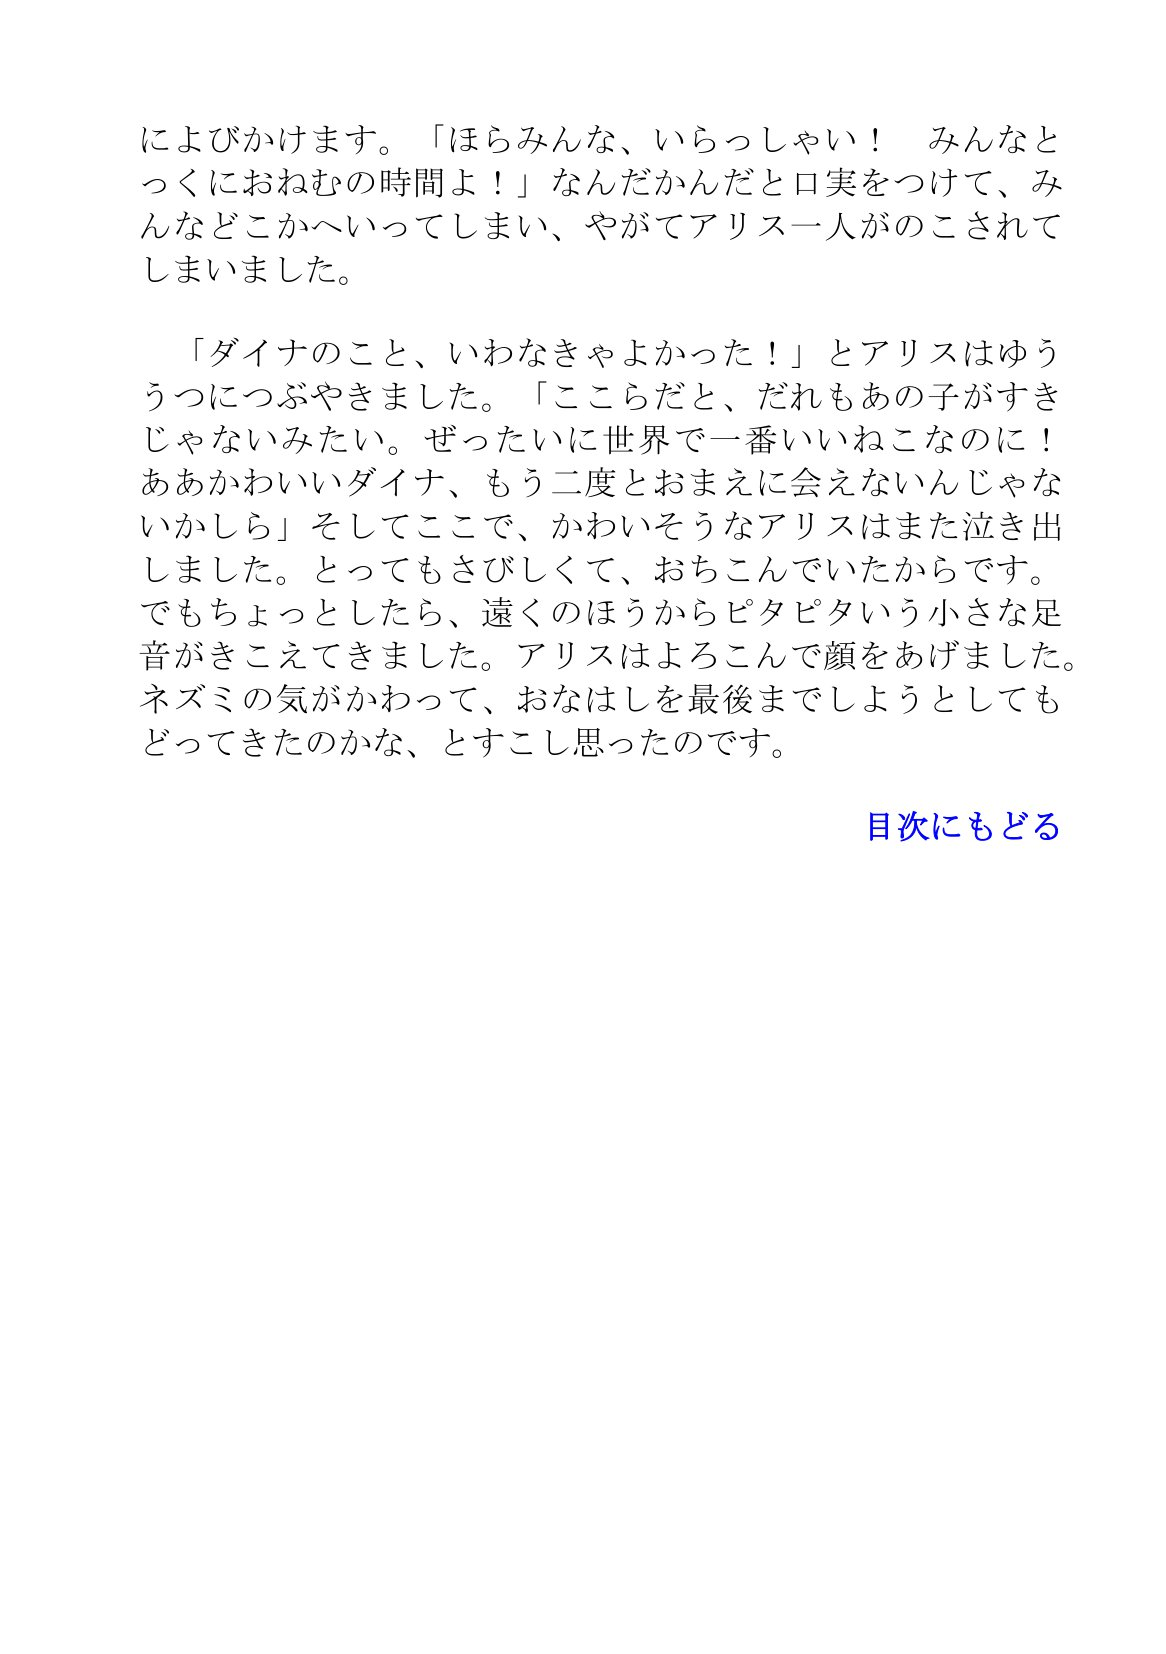
Language: ja